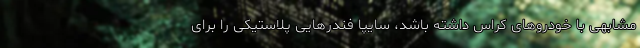
مشابهی با خودروهای کراس داشته باشد، سایپا فندرهایی پلاستیکی را برای